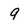
Character: 9